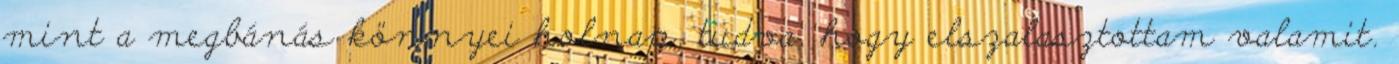
mint a megbánás könnyei holnap, tudva, hogy elszalasztottam valamit.